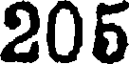
205